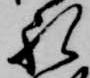
礼